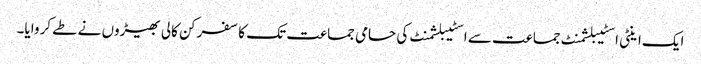
ایک اینٹی اسٹیبلشمنٹ جماعت سے اسٹیبلشمنٹ کی حامی جماعت تک کا سفر کن کالی بھیڑوں نے طے کروایا۔